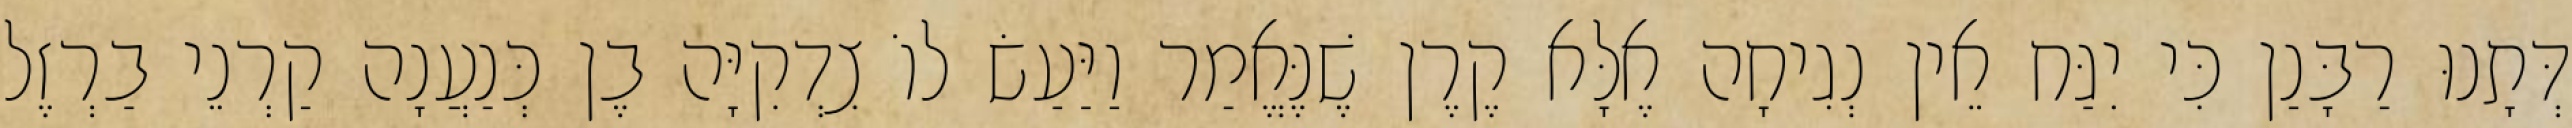
דְּתָנוּ רַבָּנַן כִּי יִגַּח אֵין נְגִיחָה אֶלָּא קֶרֶן שֶׁנֶּאֱמַר וַיַּעַשׂ לוֹ צִדְקִיָּה בֶן כְּנַעֲנָה קַרְנֵי בַרְזֶל